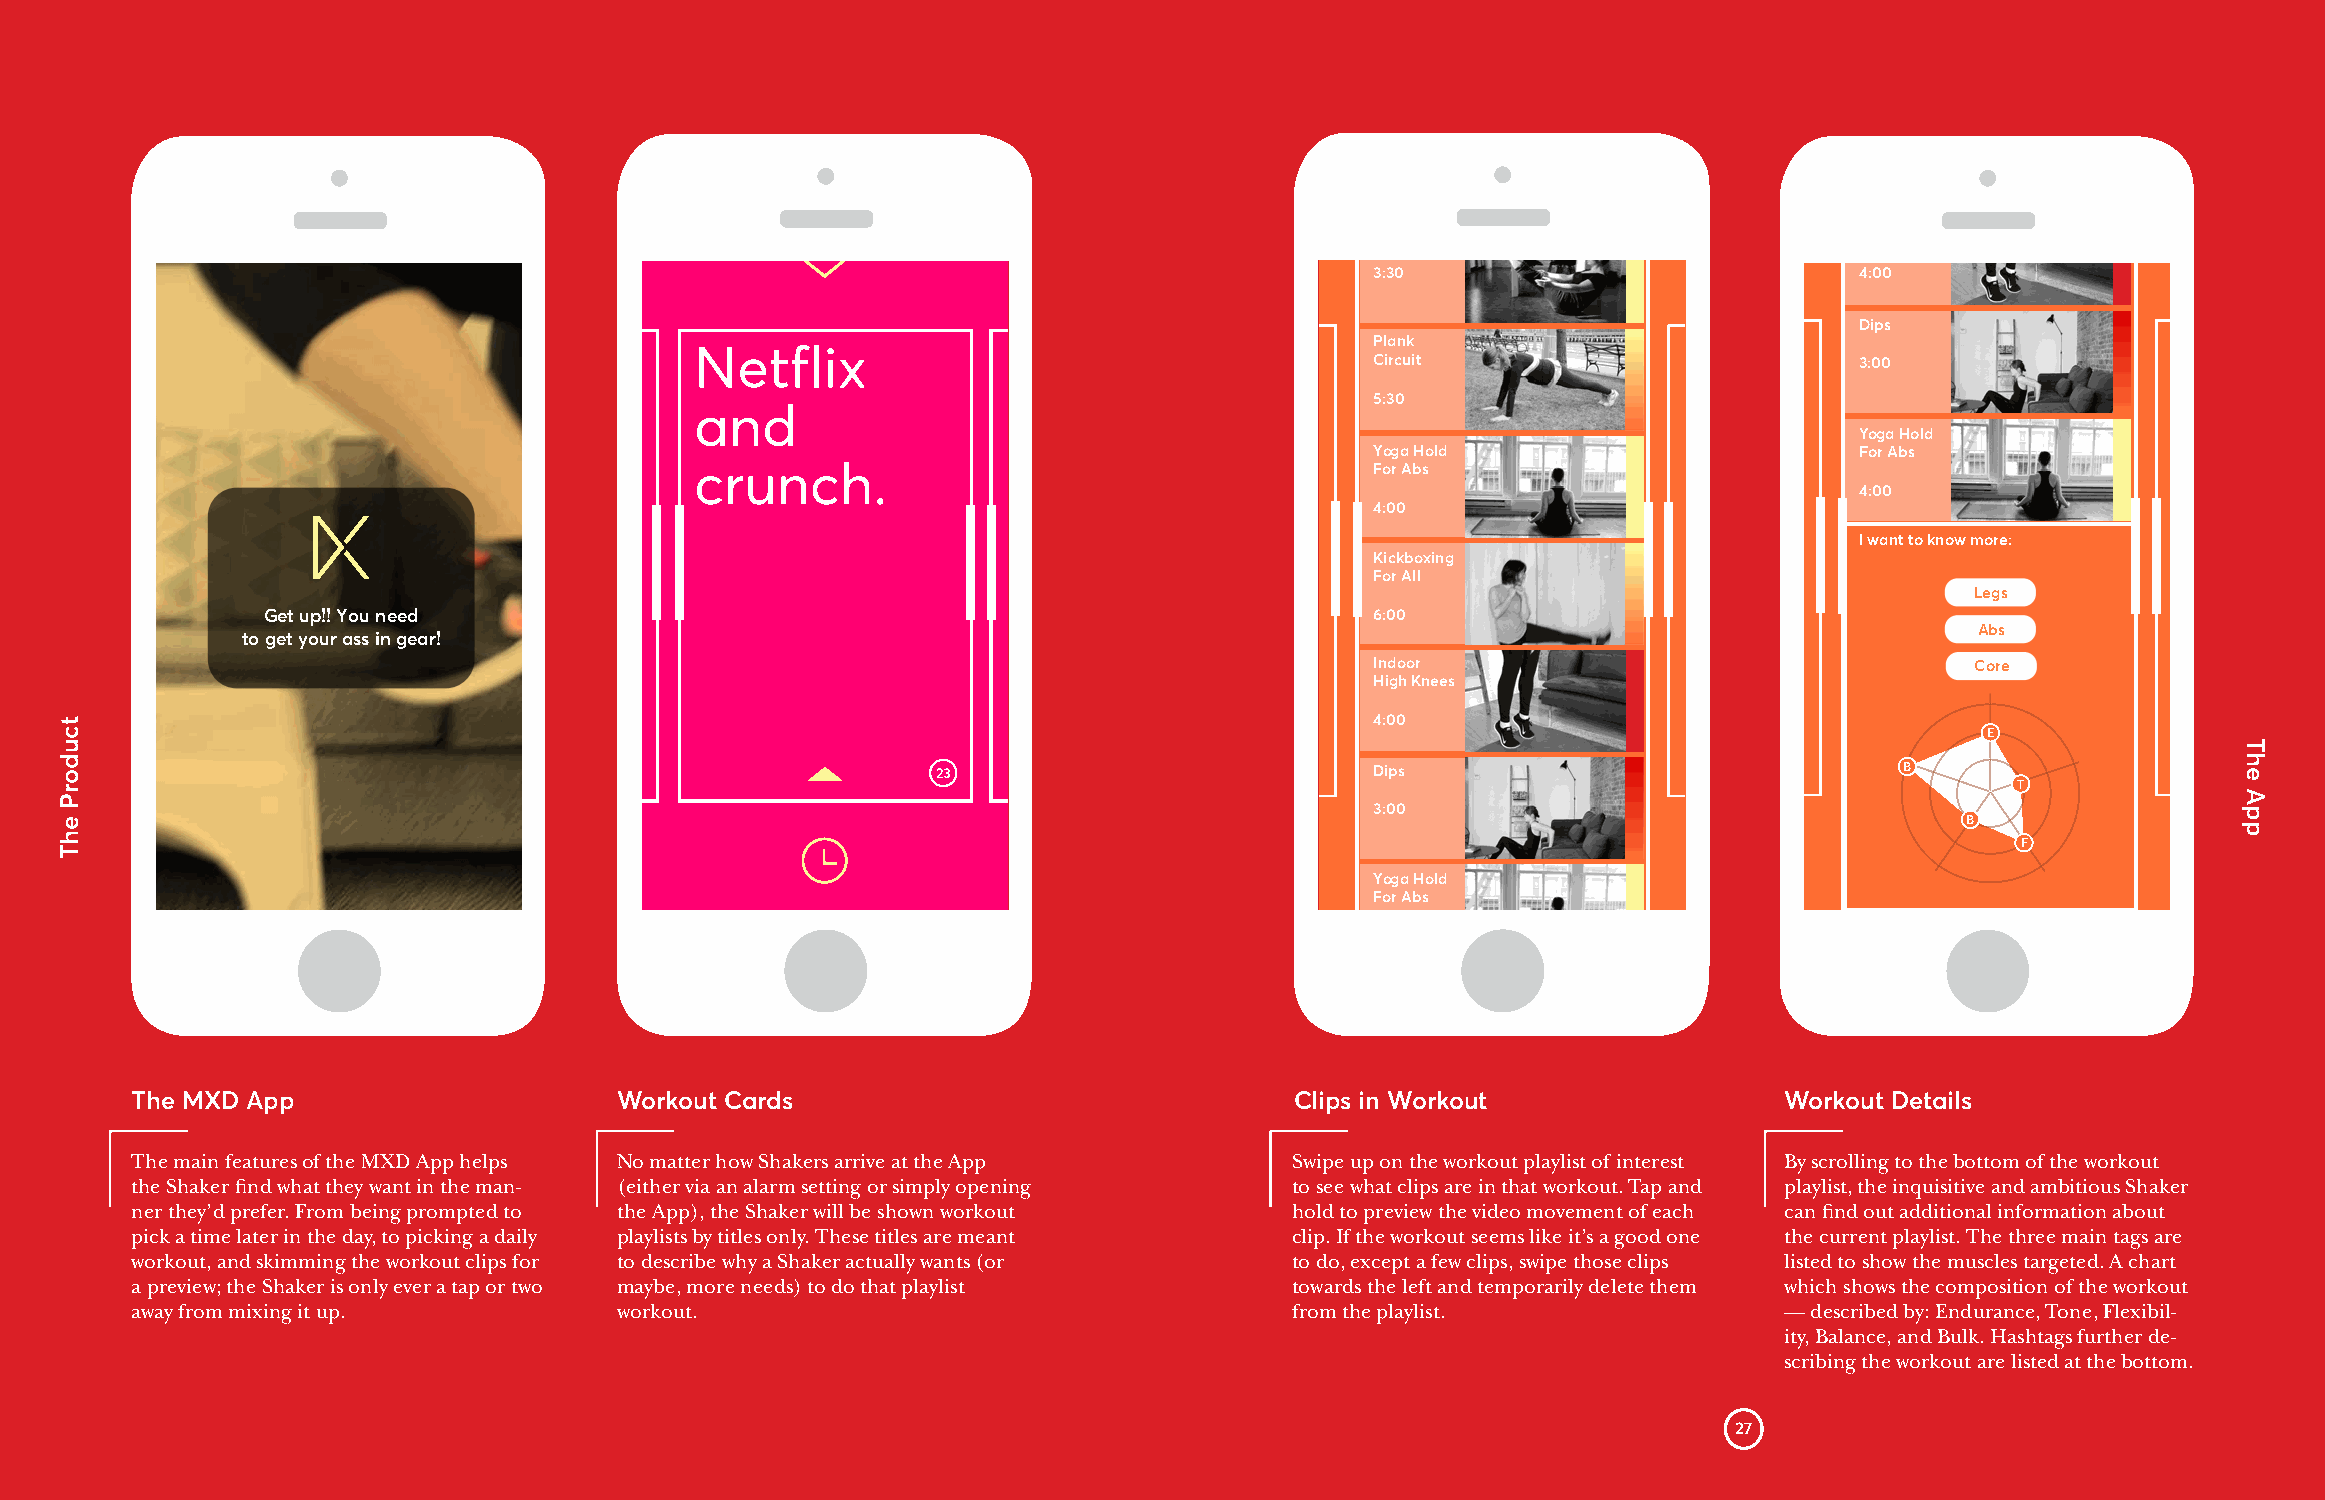
6:00
 Indoor
 V-Ups                           High Knees
 3:30                            4:00
 Dips
 Plank
 Netflix
 Circuit                         3:00
 5:30
 and
 Yoga Hold
 Yoga Hold                       For Abs
 crunch.                                      For Abs
 4:00
 4:00
 I want to know more:
 Kickboxing
 For All
 Legs
 Get up!! You need                                                         6:00
 Abs
 to get your ass in gear!
 Indoor                                  Core
 High Knees
 4:00
 E
 23                           Dips                               B
 T
 3:00
 B
 F
 Yoga Hold
 For Abs
 4:00
 I want to know more
 The MXD App                     Workout Cards                                Clips in Workout                Workout Details
 The main features of the MXD App helps No matter how Shakers arrive at the App Swipe up on the workout playlist of interest By scrolling to the bottom of the workout
 the Shaker find what they want in the man- (either via an alarm setting or simply opening to see what clips are in that workout. Tap and playlist, the inquisitive and ambitious Shaker
 ner they’d prefer. From being prompted to the App), the Shaker will be shown workout hold to preview the video movement of each can find out additional information about
 pick a time later in the day, to picking a daily playlists by titles only. These titles are meant clip. If the workout seems like it’s a good one the current playlist. The three main tags are
 workout, and skimming the workout clips for to describe why a Shaker actually wants (or to do, except a few clips, swipe those clips listed to show the muscles targeted. A chart
 a preview; the Shaker is only ever a tap or two maybe, more needs) to do that playlist towards the left and temporarily delete them which shows the composition of the workout
 away from mixing it up.         workout.                                     from the playlist.              — described by: Endurance, Tone, Flexibil-
 ity, Balance, and Bulk. Hashtags further de-
 scribing the workout are listed at the bottom.
 27
 tcudorP
 ehT
 The
 App